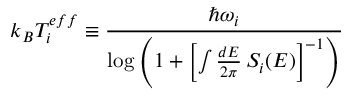
k _ { B } T _ { i } ^ { e f f } \equiv \frac { \hbar \omega _ { i } } { \log \left( 1 + \left[ \int \frac { d E } { 2 \pi } \, S _ { i } ( E ) \right] ^ { - 1 } \right) }